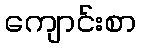
ကျောင်းစာ